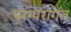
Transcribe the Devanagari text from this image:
परंम्परागत